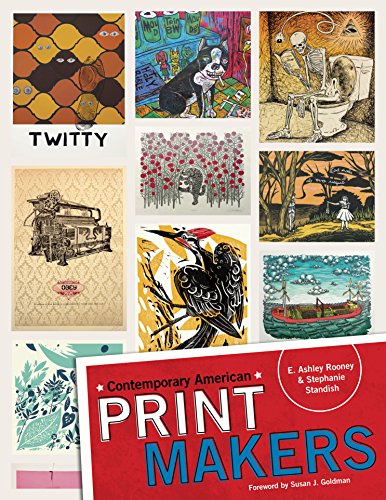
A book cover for Contemporary American Print Makers; E. Ashley Rooney; Arts & Photography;